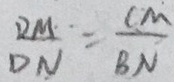
\frac { D M } { D N } = \frac { C M } { B N }